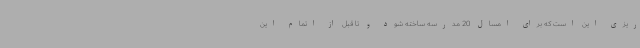
ریزی این است که برای امسال 20 مدرسه ساخته شود و تا قبل از اتمام این